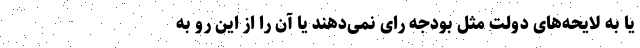
یا به لایحه‌های دولت مثل بودجه رای نمی‌دهند یا آن را از این رو به